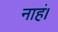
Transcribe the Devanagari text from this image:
नाहं।